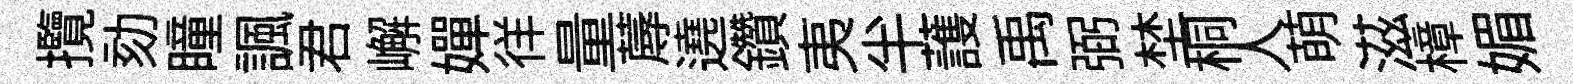
攬劾瞳諷君嶰嬋徉量蓐遶鑽夷半䕶禹弼埜桐人萌滋樟媚